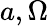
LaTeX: a,\Omega